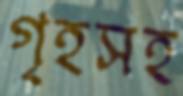
গৃহসহ